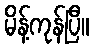
မိန့်ကုန်ပြီ။